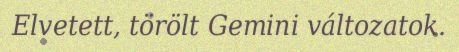
Elvetett, törölt Gemini változatok.